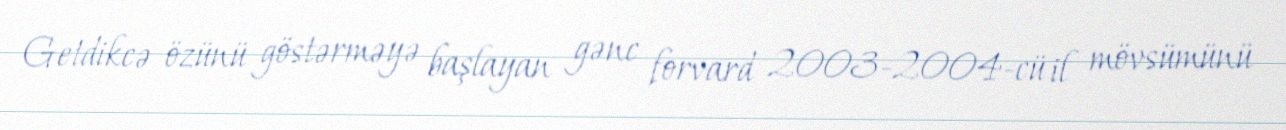
Getdikcə özünü göstərməyə başlayan gənc forvard 2003-2004-cü il mövsümünü